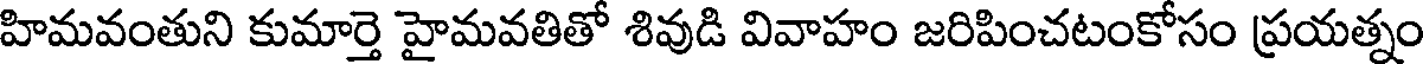
హిమవంతుని కుమార్తె హైమవతితో శివుడి వివాహం జరిపించటంకోసం ప్రయత్నం